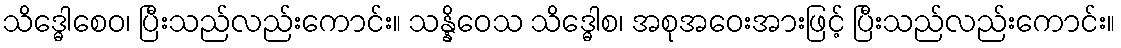
သိဒ္ဓေါစေဝ၊ ပြီးသည်လည်းကောင်း။ သန္နိဝေသ သိဒ္ဓေါစ၊ အစုအဝေးအားဖြင့် ပြီးသည်လည်းကောင်း။